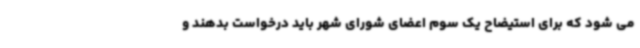
می شود که برای استیضاح یک سوم اعضای شورای شهر باید درخواست بدهند و